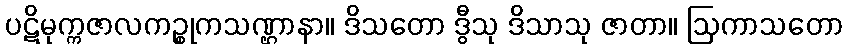
ပဋိမုက္ကဇာလကဉ္စုကသဏ္ဌာနာ။ ဒိသတော ဒွီသု ဒိသာသု ဇာတာ။ ဩကာသတော